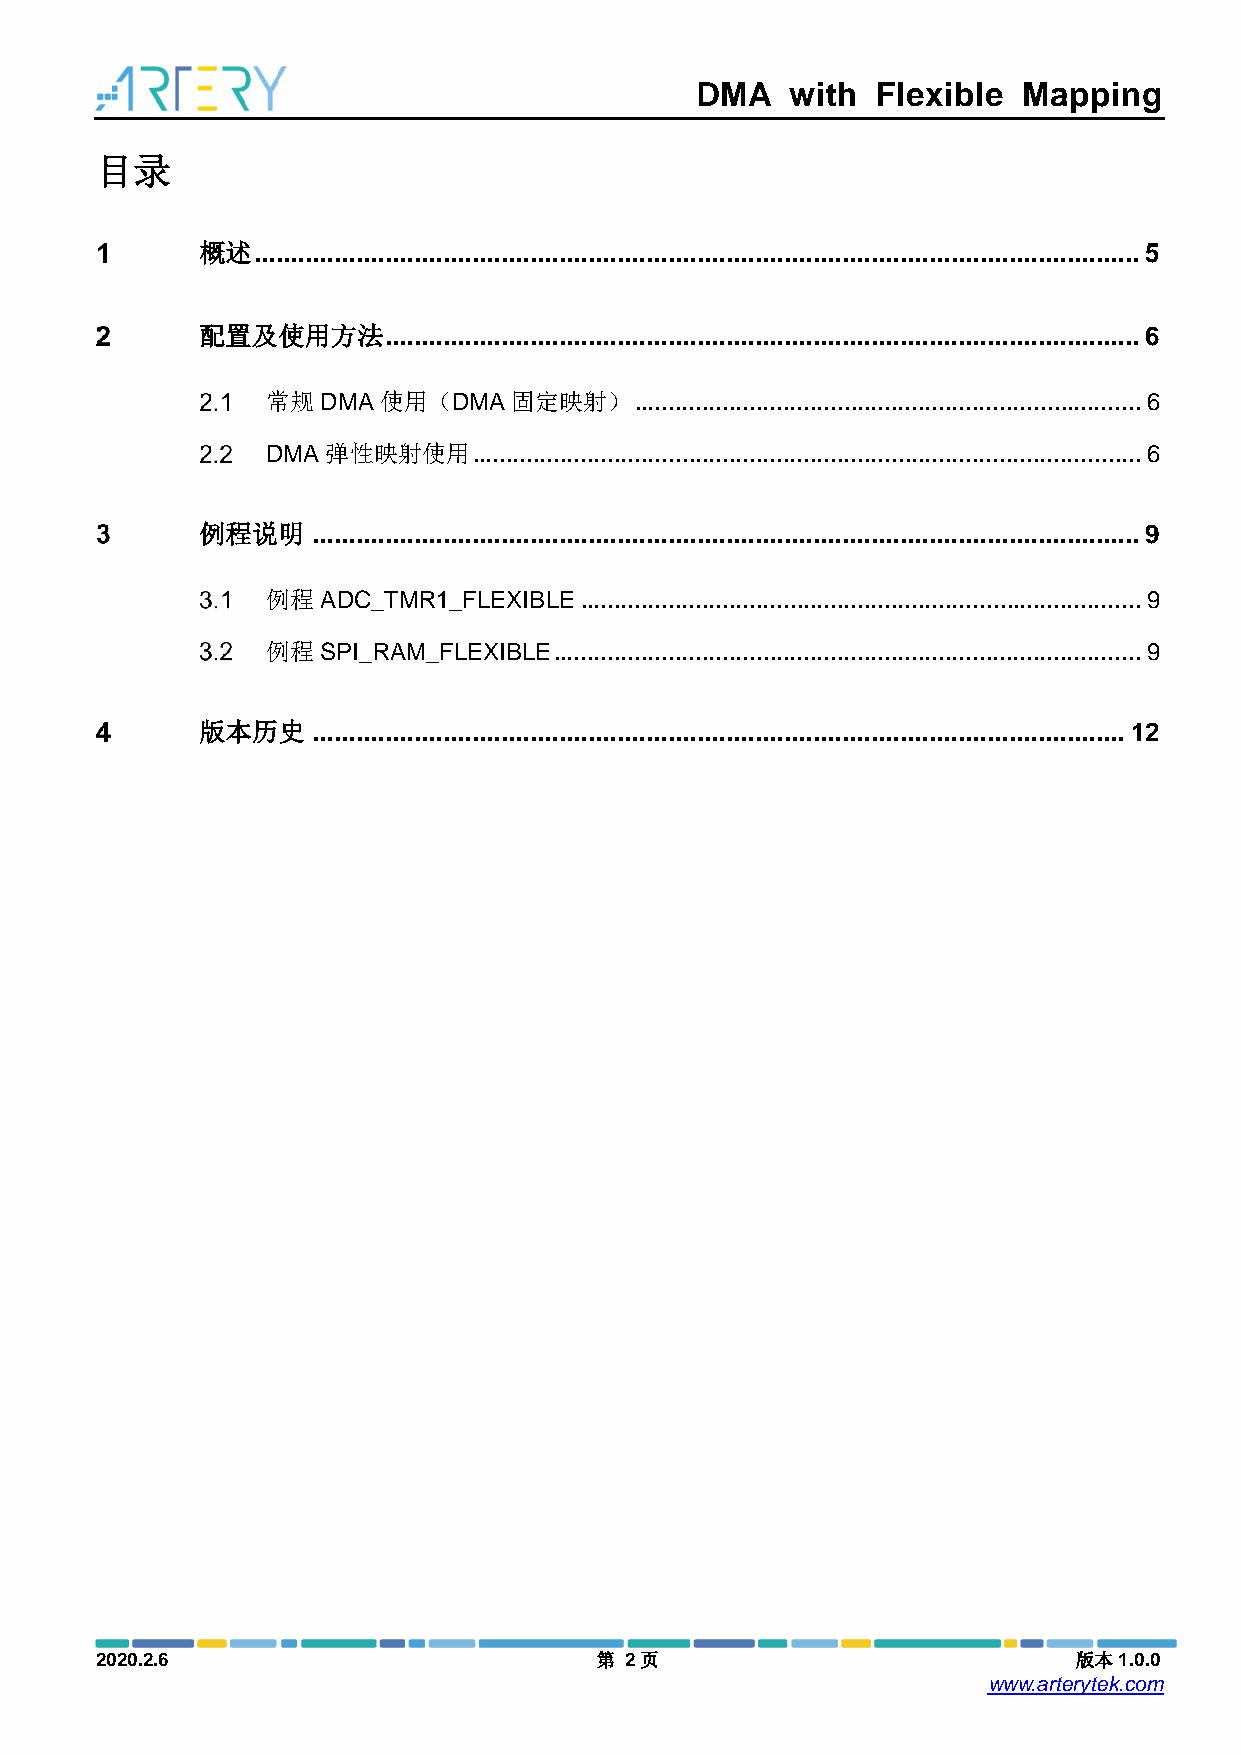
DMA   with  Flexible  Mapping
 目录
 概述  .......................................................................................................................... 5
 配置及使用方法     ........................................................................................................ 6
 常规DMA使用（DMA固定映射）        ........................................................................... 6
 DMA弹性映射使用    ................................................................................................... 6
 例程说明    .................................................................................................................. 9
 例程ADC_TMR1_FLEXIBLE ................................................................................... 9
 例程SPI_RAM_FLEXIBLE ....................................................................................... 9
 版本历史    ................................................................................................................ 12
 2020.2.6                         第 2页                            版本1.0.0
 www.arterytek.com